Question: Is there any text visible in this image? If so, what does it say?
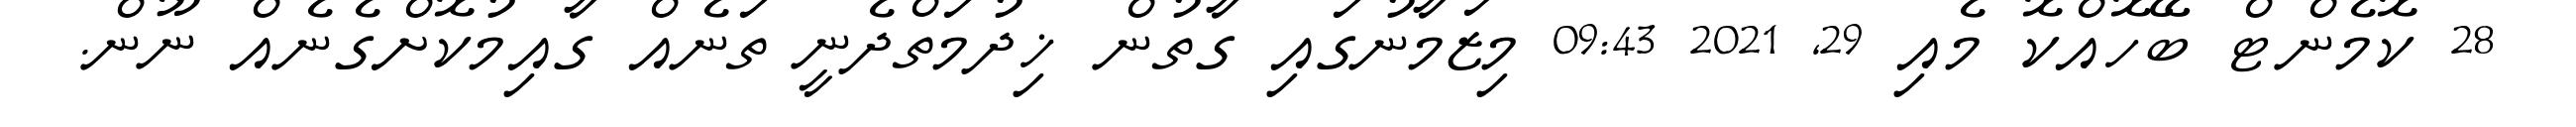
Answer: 28 ކޮމެންޓް ބޭހޮއްކޮ މެއި 29, 2021 09:43 މިޒަމާނުގައި ގާތުން ޚިދުމަތްދެނީ ތަނެއް ގާއިމުކޮށްގެނެއް ނޫން.